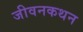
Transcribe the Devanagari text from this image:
जीवनकथन